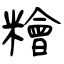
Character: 糩